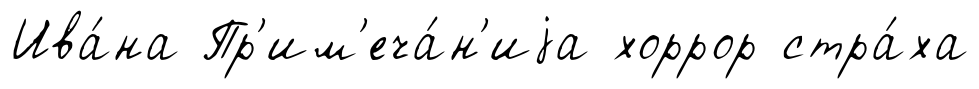
Ива́на Пр'им'еча́н'иjа хоррор стра́ха